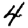
Digit: 4